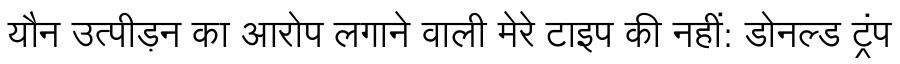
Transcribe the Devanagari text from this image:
यौन उत्पीड़न का आरोप लगाने वाली मेरे टाइप की नहीं: डोनल्ड ट्रंप